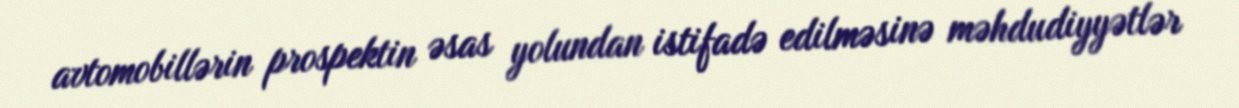
avtomobillərin prospektin əsas yolundan istifadə edilməsinə məhdudiyyətlər